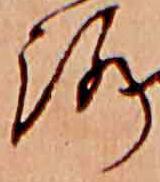
路